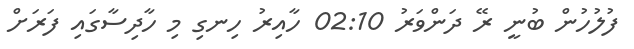
ފުލުހުން ބުނީ ރޭ ދަންވަރު 02:10 ހާއިރު ހިނގި މި ހާދިސާގައި ފަރަށް